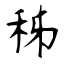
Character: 秭